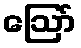
ဩော်